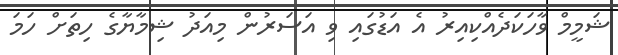
ޝަމީމް ވާހަކަދެއްކިއިރު އެ އަޑުގައި ވި އަސަރުން މިއަދު ޝިމާޔާގެ ހިތަށް ހަމަ